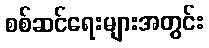
စစ်ဆင်ရေးများအတွင်း